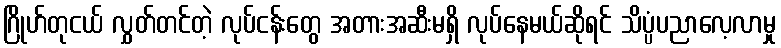
ဂြိုဟ်တုငယ် လွှတ်တင်တဲ့ လုပ်ငန်းတွေ အတားအဆီးမရှိ လုပ်နေမယ်ဆိုရင် သိပ္ပံပညာလေ့လာမှု